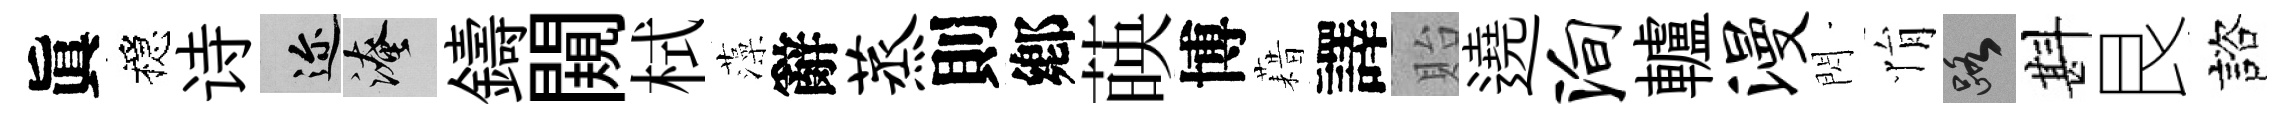
眞穩诗邇淹鑄闚栻藻辭蒸則鄕𦴤博藉譯貽遶殉轤漫閃悁路斟艮諮